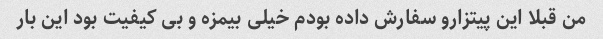
من قبلا این پیتزارو سفارش داده بودم خیلی بیمزه و بی کیفیت بود این بار